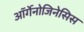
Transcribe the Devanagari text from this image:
ऑर्गेनोजिनेसिस